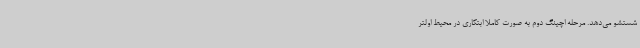
شستشو می‌دهد. مرحله اچینگ دوم به صورت کاملا ابتکاری در محیط اولتر